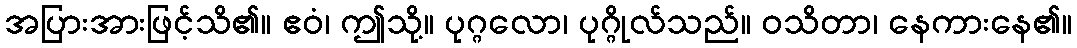
အပြားအားဖြင့်သိ၏။ ဧဝံ၊ ဤသို့။ ပုဂ္ဂလော၊ ပုဂ္ဂိုလ်သည်။ ဝသိတာ၊ နေကားနေ၏။